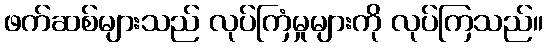
ဖက်ဆစ်များသည် လုပ်ကြံမှုများကို လုပ်ကြသည်။